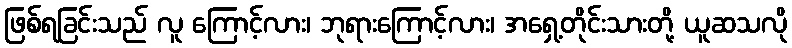
ဖြစ်ရခြင်းသည် လူ ကြောင့်လား၊ ဘုရားကြောင့်လား၊ အရှေ့တိုင်းသားတို့ ယူဆသလို